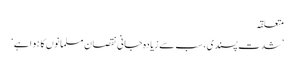
متعلقہ
’شدت پسندی، سب سے زیادہ جانی نقصان مسلمانوں کا ہوا ہے‘